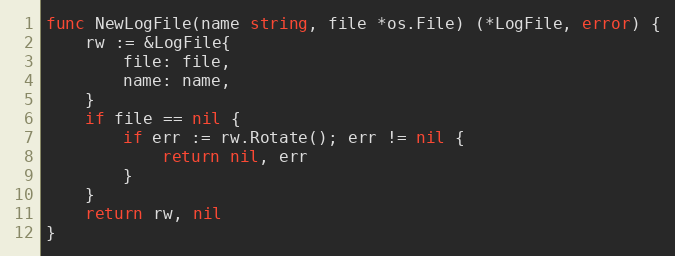
Language: Go
func NewLogFile(name string, file *os.File) (*LogFile, error) {
	rw := &LogFile{
		file: file,
		name: name,
	}
	if file == nil {
		if err := rw.Rotate(); err != nil {
			return nil, err
		}
	}
	return rw, nil
}